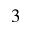
3